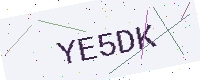
Text: YE5DK